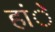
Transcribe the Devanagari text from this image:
हांे